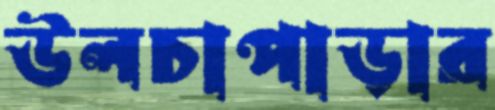
উলচাপাড়ার